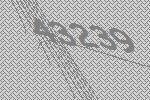
43239